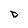
Character: D